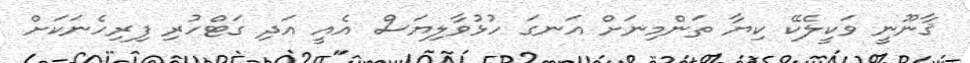
ޤާނޫނީ ވަކީލެކޭ ކިޔާ ތަންމިނަށް އަނގަ ހުޅުވާލިޔަސް އެއީ އަދި ގަޓްހުރި ފިރިހެނަކަށް